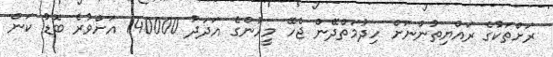
ރަށްތަކުގެ ރައްޔިތުންނަށް ހިދުމަތްދޭން ޖެހޭ މީހުންގެ އަދަދު 140000 އަށްވުރެ ބޮޑު ކަން